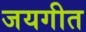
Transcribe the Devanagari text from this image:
जयगीत